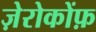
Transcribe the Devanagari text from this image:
ज़ेरोकोंफ़